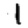
Digit: 1